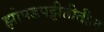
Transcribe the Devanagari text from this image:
झोपडपट्टीतीतील